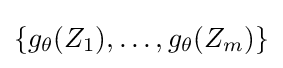
\{g_{\theta }(Z_{1}),\ldots ,g_{\theta }(Z_{m})\}